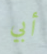
أبي